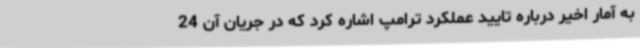
به آمار اخیر درباره تایید عملکرد ترامپ اشاره کرد که در جریان آن 24